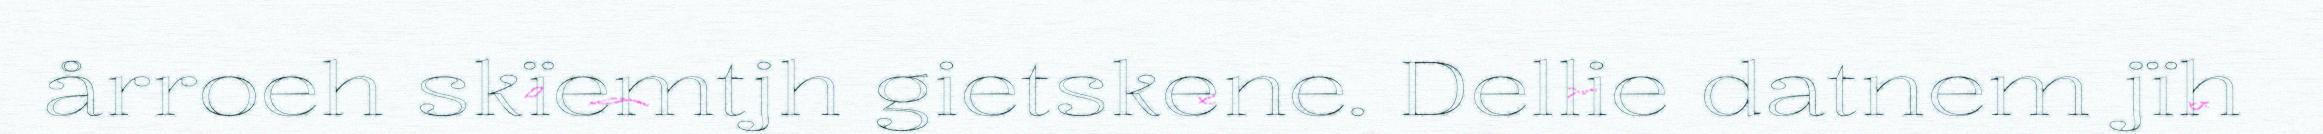
årroeh skïemtjh gietskene. Dellie datnem jïh